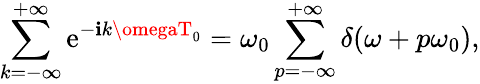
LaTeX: \sum_{k=-\infty}^{+\infty}\mathrm{e}^{-\mathbf{i}k\omegaT_{0}}=\omega_{0}\sum_{p=-\infty}^{+\infty}\delta(\omega+p\omega_{0}),